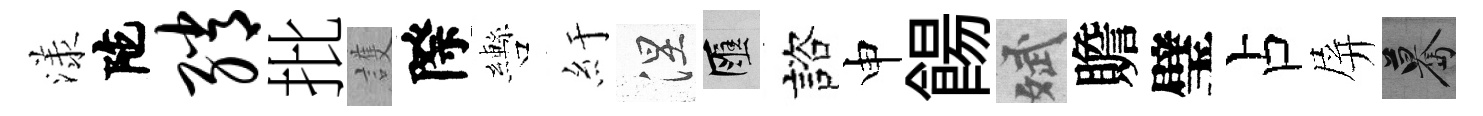
漾陀绡批護際轡紆涅匯諮申餳斌贍璧占屏驀